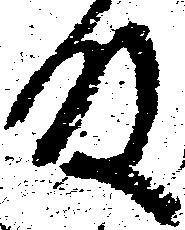
殿